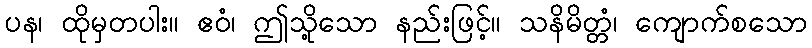
ပန၊ ထိုမှတပါး။ ဧဝံ၊ ဤသို့သော နည်းဖြင့်။ သနိမိတ္တံ၊ ကျောက်စသော